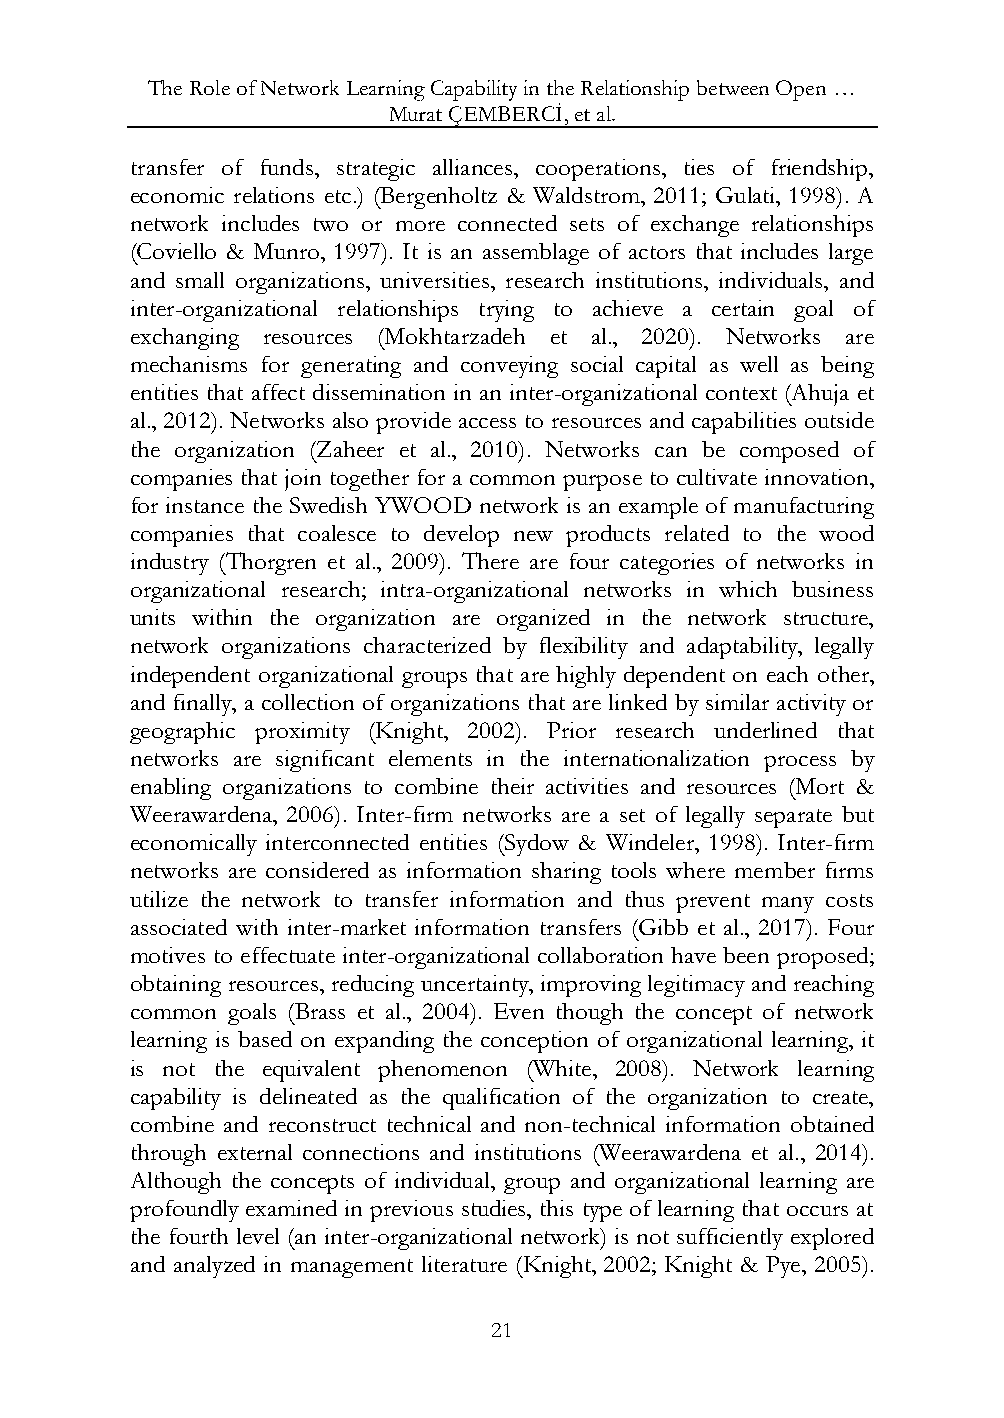
The Role of Network Learning Capability in the Relationship between Open …
 Murat ÇEMBERCİ, et al.
 transfer of funds, strategic alliances, cooperations, ties of friendship,
 economic relations etc.) (Bergenholtz & Waldstrom, 2011; Gulati, 1998). A
 network includes two or more connected sets of exchange relationships
 (Coviello & Munro, 1997). It is an assemblage of actors that includes large
 and small organizations, universities, research institutions, individuals, and
 inter-organizational relationships trying to achieve a certain goal of
 exchanging resources (Mokhtarzadeh et al., 2020). Networks are
 mechanisms for generating and conveying social capital as well as being
 entities that affect dissemination in an inter-organizational context (Ahuja et
 al., 2012). Networks also provide access to resources and capabilities outside
 the organization (Zaheer et al., 2010). Networks can be composed of
 companies that join together for a common purpose to cultivate innovation,
 for instance the Swedish YWOOD network is an example of manufacturing
 companies that coalesce to develop new products related to the wood
 industry (Thorgren et al., 2009). There are four categories of networks in
 organizational research; intra-organizational networks in which business
 units within the organization are organized in the network structure,
 network organizations characterized by flexibility and adaptability, legally
 independent organizational groups that are highly dependent on each other,
 and finally, a collection of organizations that are linked by similar activity or
 geographic proximity (Knight, 2002). Prior research underlined that
 networks are significant elements in the internationalization process by
 enabling organizations to combine their activities and resources (Mort &
 Weerawardena, 2006). Inter-firm networks are a set of legally separate but
 economically interconnected entities (Sydow & Windeler, 1998). Inter-firm
 networks are considered as information sharing tools where member firms
 utilize the network to transfer information and thus prevent many costs
 associated with inter-market information transfers (Gibb et al., 2017). Four
 motives to effectuate inter-organizational collaboration have been proposed;
 obtaining resources, reducing uncertainty, improving legitimacy and reaching
 common goals (Brass et al., 2004). Even though the concept of network
 learning is based on expanding the conception of organizational learning, it
 is not the equivalent phenomenon (White, 2008). Network learning
 capability is delineated as the qualification of the organization to create,
 combine and reconstruct technical and non-technical information obtained
 through external connections and institutions (Weerawardena et al., 2014).
 Although the concepts of individual, group and organizational learning are
 profoundly examined in previous studies, this type of learning that occurs at
 the fourth level (an inter-organizational network) is not sufficiently explored
 and analyzed in management literature (Knight, 2002; Knight & Pye, 2005).
 21